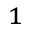
^ { 1 }